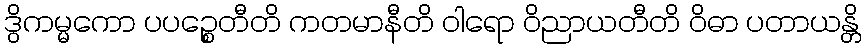
ဒွိကမ္မကော ပပဉ္စေတီတိ ကတမာနီတိ ဝါရော ဝိညာယတီတိ ဝိဓာ ပတာယန္တိ